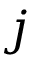
j